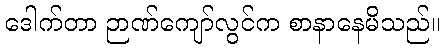
ဒေါက်တာ ဉာဏ်ကျော်လွင်က စာနာနေမိသည်။